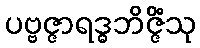
ပဗ္ဗဇ္ဇာရဒ္ဓဘိဇ္ဇိံသု